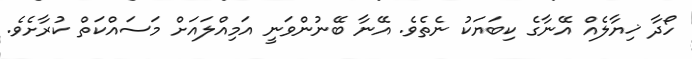
ހޯދާ ޚިޔާލެއް އޭނާގެ ކިބަޔަކު ނެތެވެ. އޭނާ ބޭނުންވަނީ އަމިއްލައަށް މަސައްކަތް ކުރާށެވެ.